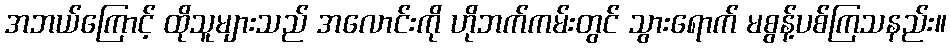
အဘယ်ကြောင့် ထိုသူများသည် အလောင်းကို ဟိုဘက်ကမ်းတွင် သွားရောက် မစွန့်ပစ်ကြသနည်း။